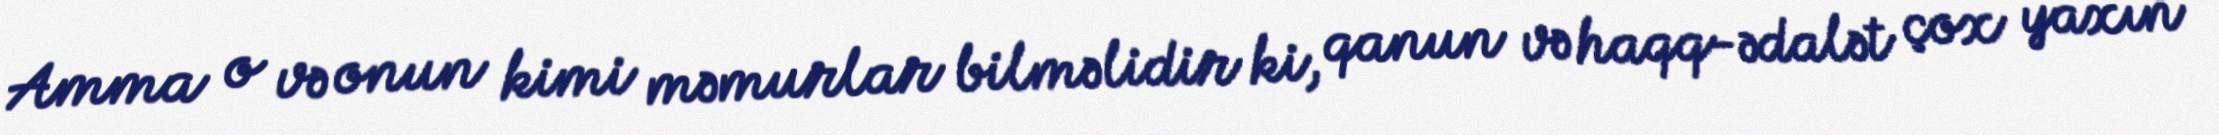
Amma o və onun kimi məmurlar bilməlidir ki, qanun və haqq-ədalət çox yaxın